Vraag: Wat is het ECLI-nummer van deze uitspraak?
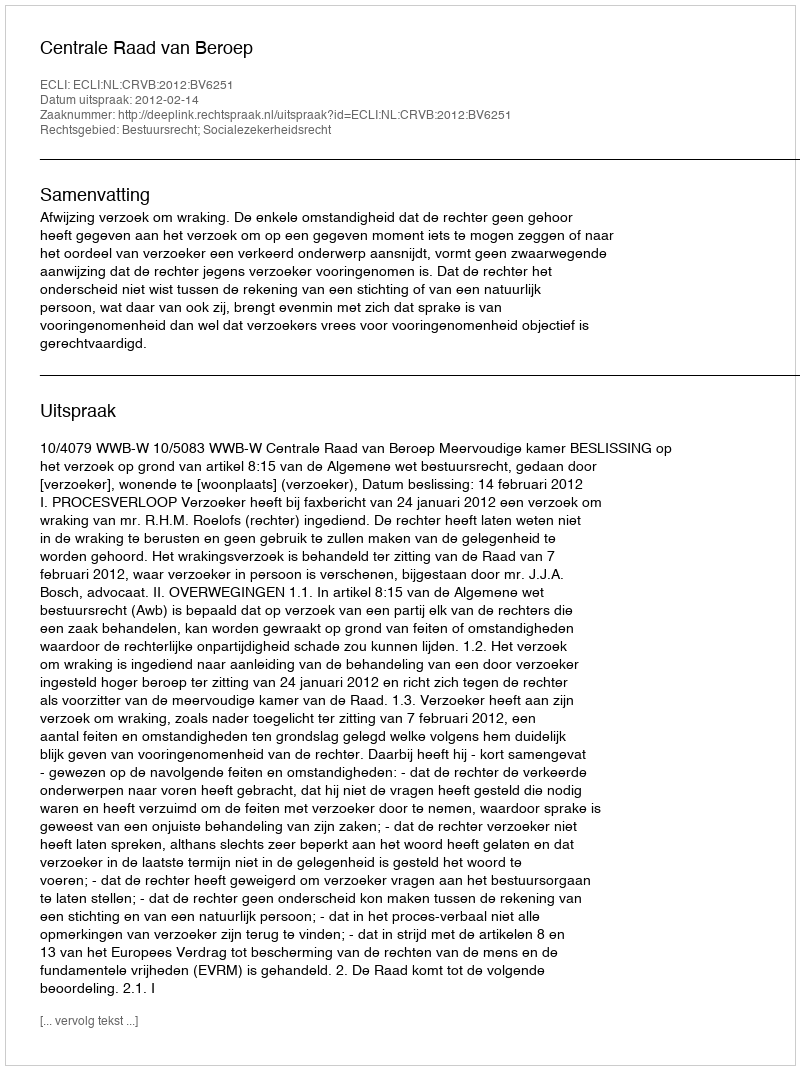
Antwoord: ECLI:NL:CRVB:2012:BV6251